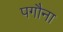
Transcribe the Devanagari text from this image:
पगौना